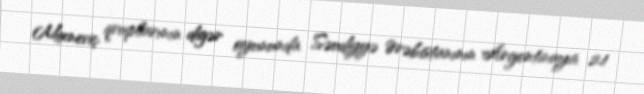
Mixneviç qruplarının digər oyununda Səudiyyə Ərəbistanının Argentinaya 2:1